Scottish Leaving Certificate Examination, 1955
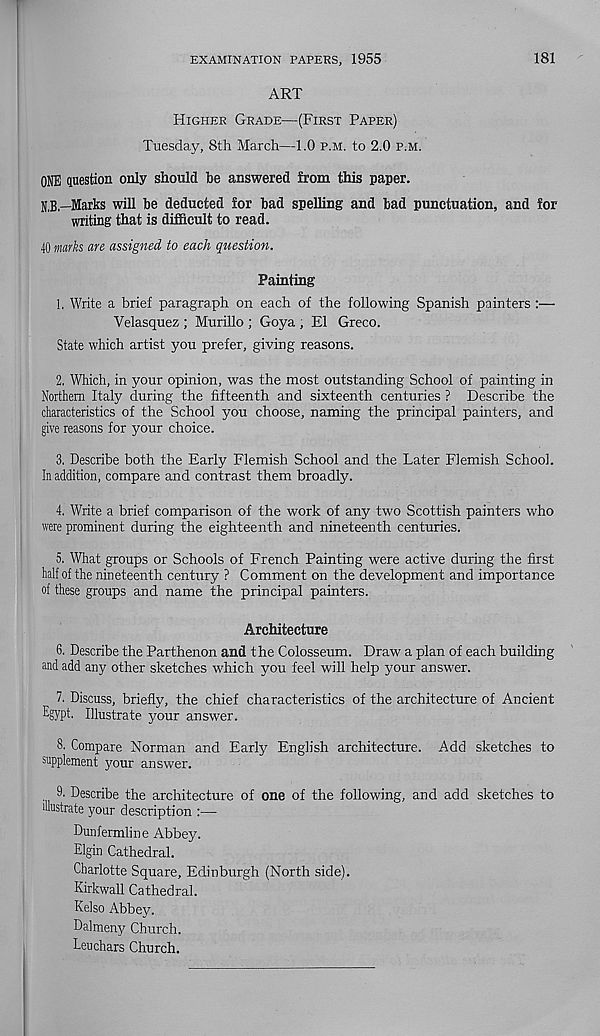
EXAMINATION PAPERS, 1955
181
ART
Higher Grade—(First Paper)
Tuesday, 8th March—1.0 p.m. to 2.0 p.m.
ONE question only should be answered from this paper.
N.B.—Marks will be deducted for bad spelling and bad punctuation, and for
writing that is difficult to read.
40 marks are assigned to each question.
Painting
1. Write a brief paragraph on each of the following Spanish painters :—
Velasquez ; Murillo ; Goya , El Greco.
State which artist you prefer, giving reasons.
2. Which, in your opinion, was the most outstanding School of painting in
Northern Italy during the fifteenth and sixteenth centuries ? Describe the
characteristics of the School you choose, naming the principal painters, and
give reasons for your choice.
3. Describe both the Early Flemish School and the Later Flemish School.
In addition, compare and contrast them broadly.
4. Write a brief comparison of the work of any two Scottish painters who
were prominent during the eighteenth and nineteenth centuries.
5. What groups or Schools of French Painting were active during the first
half of the nineteenth century ? Comment on the development and importance
of these groups and name the principal painters.
Architecture
6. Describe the Parthenon and the Colosseum. Draw a plan of each building
and add any other sketches which you feel will help your answer.
7. Discuss, briefly, the chief characteristics of the architecture of Ancient
Egypt. Illustrate your answer.
8. Compare Norman and Early English architecture. Add sketches to
supplement your answer.
9- Describe the architecture of one of the following, and add sketches to
illustrate your description :—
Dunfermline Abbey.
Elgin Cathedral.
Charlotte Square, Edinburgh (North side).
Kirkwall Cathedral.
Kelso Abbey.
Dalmeny Church.
Leuchars Church.